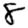
Digit: 8